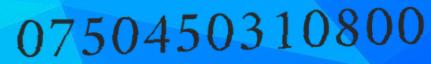
0750450310800